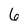
Character: 6